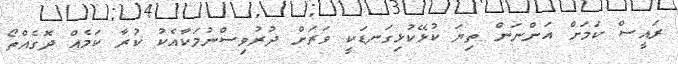
ރައީސް ކަމަށް އަންނަން ތިޔަ ކުޅޭކުޅިގަނޑަކީ ވަރަށް ދުރުވިސްނުމަކާއެކު ކުރާ ކަމެއް ދޮގެއްތޯ